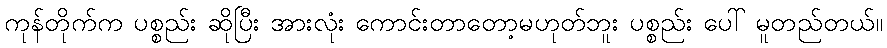
ကုန်တိုက်က ပစ္စည်း ဆိုပြီး အားလုံး ကောင်းတာတော့မဟုတ်ဘူး ပစ္စည်း ပေါ် မူတည်တယ်။